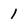
Character: 1